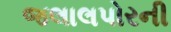
જલાલપોરની